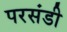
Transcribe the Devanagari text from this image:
परसंडी